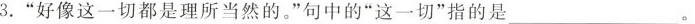
3. ”好像这一切都是理所当然的。”句中的”这一切”指的是 ___ 。